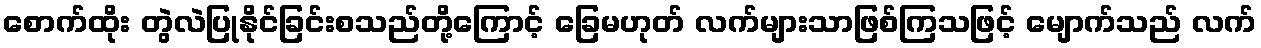
စောက်ထိုး တွဲလဲပြုနိုင်ခြင်းစသည်တို့ကြောင့် ခြေမဟုတ် လက်များသာဖြစ်ကြသဖြင့် မျောက်သည် လက်